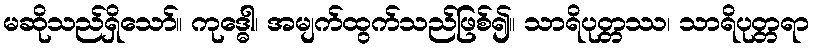
မဆိုသည်ရှိသော်။ ကုဒ္ဓေါ၊ အမျက်ထွက်သည်ဖြစ်၍။ သာရိပုတ္တဿ၊ သာရိပုတ္တရာ